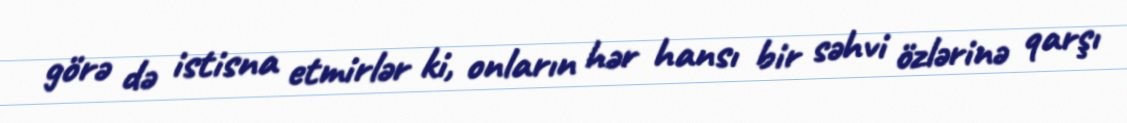
görə də istisna etmirlər ki, onların hər hansı bir səhvi özlərinə qarşı